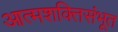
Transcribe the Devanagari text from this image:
आत्मशक्तिसंभूत